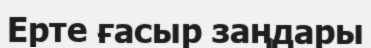
Ерте ғасыр заңдары